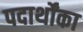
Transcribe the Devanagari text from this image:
पदार्थोंका